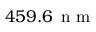
4 5 9 . 6 \ensuremath { \, \mathrm { ~ n ~ m ~ } }